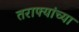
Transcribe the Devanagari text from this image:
तराफ्यांच्या